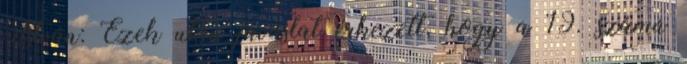
István: Ezek után javaslat érkezett, hogy a 19. számú